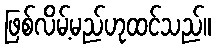
ဖြစ်လိမ့်မည်ဟုထင်သည်။